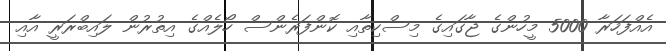
އެއްފަހަރާ 5000 މީހުންގެ ޖާގައިގެ މިސްކިތާއި ކޮންފަރެންސް ހޯލެއްގެ އިތުރުން ލައިބްރަރީ އާއި